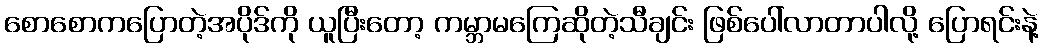
စောစောကပြောတဲ့အပိုဒ်ကို ယူပြီးတော့ ကမ္ဘာမကြေဆိုတဲ့သီချင်း ဖြစ်ပေါ်လာတာပါလို့ ပြောရင်းနဲ့